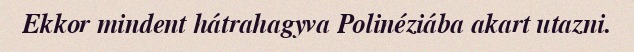
Ekkor mindent hátrahagyva Polinéziába akart utazni.